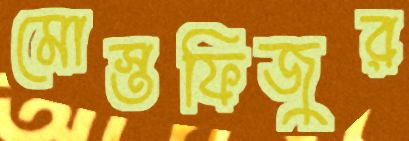
মোস্তফিজুর